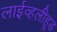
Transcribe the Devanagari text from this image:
लाईव्हलीहूड